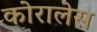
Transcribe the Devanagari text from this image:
कोरालेस